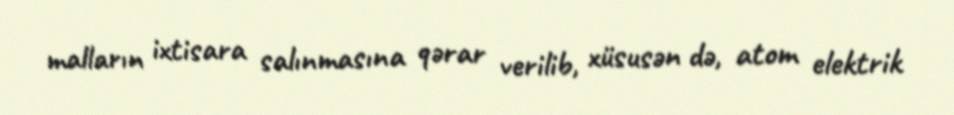
malların ixtisara salınmasına qərar verilib, xüsusən də, atom elektrik